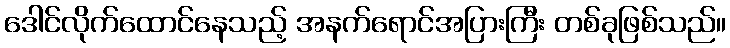
ဒေါင်လိုက်ထောင်နေသည့် အနက်ရောင်အပြားကြီး တစ်ခုဖြစ်သည်။